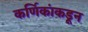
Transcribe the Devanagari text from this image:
कर्णिकांकडून